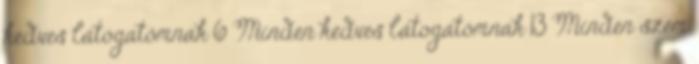
kedves látogatómnak 6 Minden kedves látogatómnak 13 Minden szem